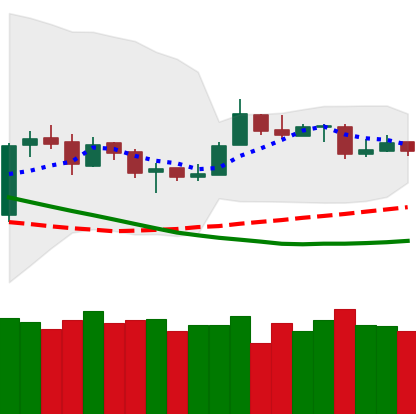
Ticker: ETH-USD
Chart end date: 2019-03-24
Forward return: 4.023%
Label: up_3_5